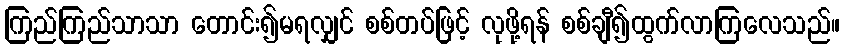
ကြည်ကြည်သာသာ တောင်း၍မရလျှင် စစ်တပ်ဖြင့် လုဖို့ရန် စစ်ချီ၍ထွက်လာကြလေသည်။